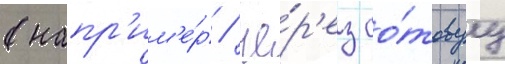
(напр'им'е́р / че́р'ез со́товуу